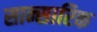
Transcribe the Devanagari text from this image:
सान्सारिक